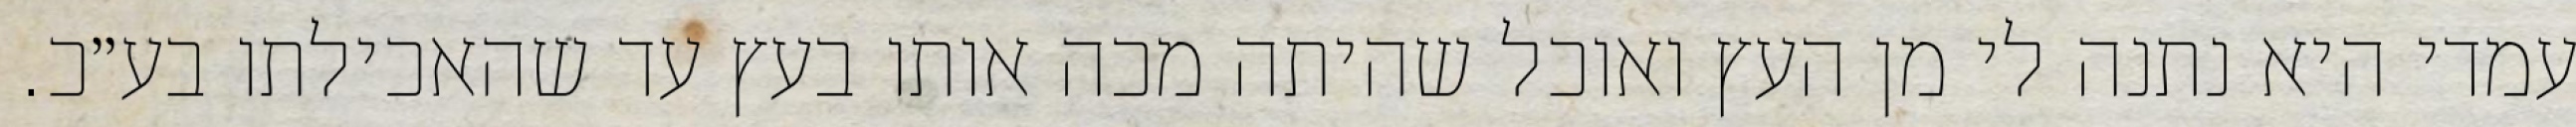
עמדי היא נתנה לי מן העץ ואוכל שהיתה מכה אותו בעץ עד שהאכילתו בע״כ.